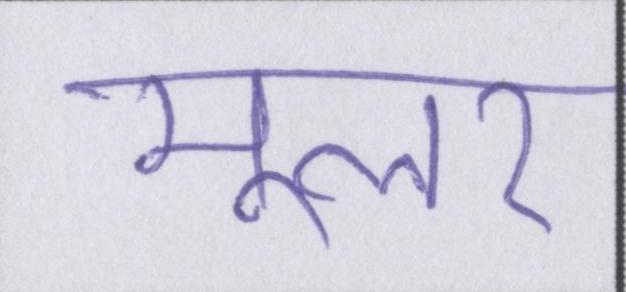
मूलर